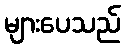
များပေသည်